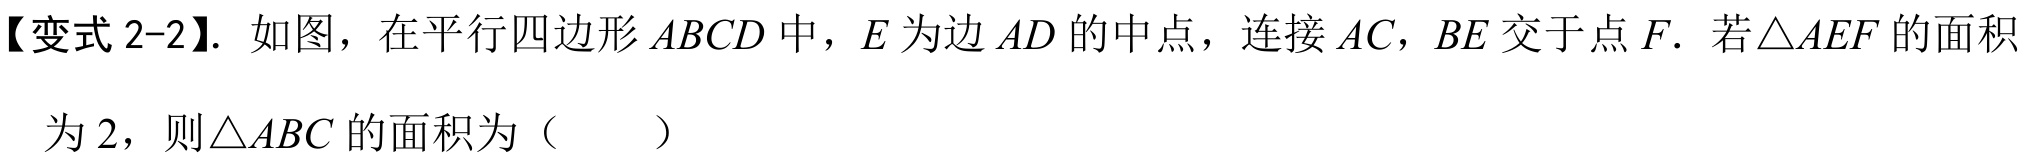
【变式 2-2】. 如图，在平行四边形\(ABCD\)中，\(E\)为边\(AD\)的中点，连接\(AC\)，\(BE\)交于点\(F\). 若\(\triangle AEF\)的面积
为\(2\)，则\(\triangle ABC\)的面积为（  ）